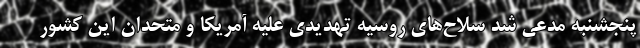
پنجشنبه مدعی شد سلاح‌های روسیه تهدیدی علیه آمریکا و متحدان این کشور